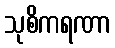
သုစိကရဏာ